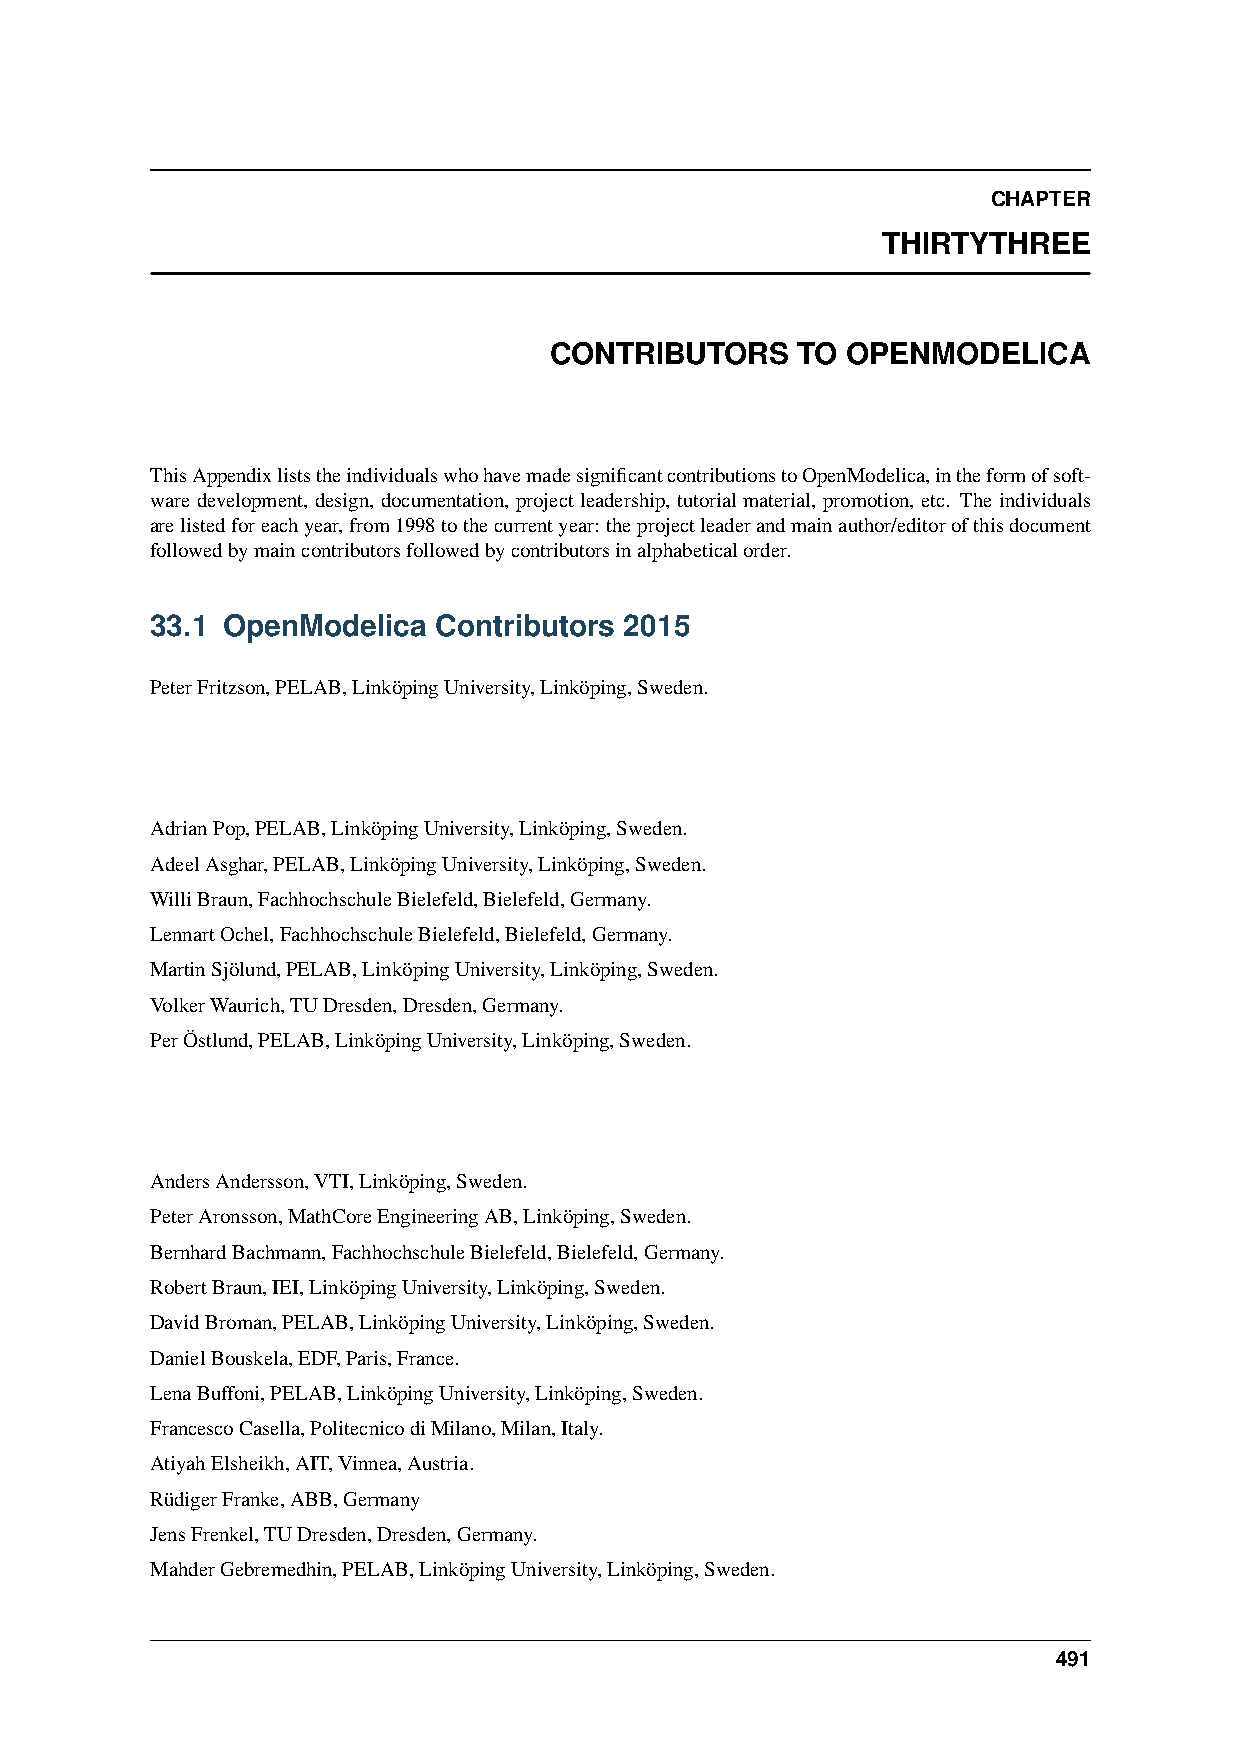
CHAPTER
 THIRTYTHREE
 CONTRIBUTORS     TO OPENMODELICA
 ThisAppendixliststheindividualswhohavemadesignificantcontributionstoOpenModelica,intheformofsoft-
 ware development, design, documentation, project leadership, tutorial material, promotion, etc. The individuals
 arelistedforeachyear,from1998tothecurrentyear: theprojectleaderandmainauthor/editorofthisdocument
 followedbymaincontributorsfollowedbycontributorsinalphabeticalorder.
 33.1 OpenModelica  Contributors 2015
 PeterFritzson,PELAB,LinköpingUniversity,Linköping,Sweden.
 AdrianPop,PELAB,LinköpingUniversity,Linköping,Sweden.
 AdeelAsghar,PELAB,LinköpingUniversity,Linköping,Sweden.
 WilliBraun,FachhochschuleBielefeld,Bielefeld,Germany.
 LennartOchel,FachhochschuleBielefeld,Bielefeld,Germany.
 MartinSjölund,PELAB,LinköpingUniversity,Linköping,Sweden.
 VolkerWaurich,TUDresden,Dresden,Germany.
 PerÖstlund,PELAB,LinköpingUniversity,Linköping,Sweden.
 AndersAndersson,VTI,Linköping,Sweden.
 PeterAronsson,MathCoreEngineeringAB,Linköping,Sweden.
 BernhardBachmann,FachhochschuleBielefeld,Bielefeld,Germany.
 RobertBraun,IEI,LinköpingUniversity,Linköping,Sweden.
 DavidBroman,PELAB,LinköpingUniversity,Linköping,Sweden.
 DanielBouskela,EDF,Paris,France.
 LenaBuffoni,PELAB,LinköpingUniversity,Linköping,Sweden.
 FrancescoCasella,PolitecnicodiMilano,Milan,Italy.
 AtiyahElsheikh,AIT,Vinnea,Austria.
 RüdigerFranke,ABB,Germany
 JensFrenkel,TUDresden,Dresden,Germany.
 MahderGebremedhin,PELAB,LinköpingUniversity,Linköping,Sweden.
 491